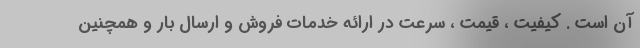
آن است . کیفیت ، قیمت ، سرعت در ارائه خدمات فروش و ارسال بار و همچنین